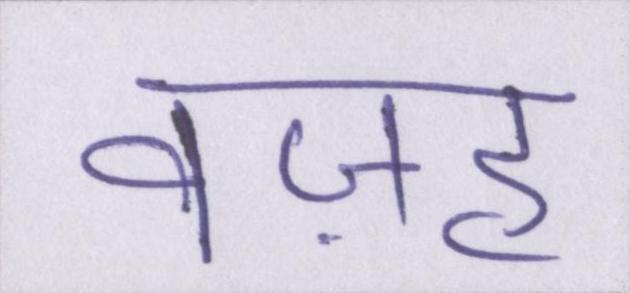
वज़ह